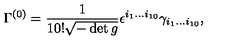
\Gamma ^ { ( 0 ) } = { \frac { 1 } { 1 0 ! \sqrt { - \det g } } } \epsilon ^ { i _ { 1 } \ldots i _ { 1 0 } } \gamma _ { i _ { 1 } \ldots i _ { 1 0 } } ,